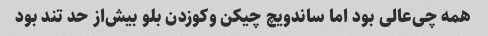
همه چی‌عالی بود اما ساندویچ چیکن و‌کوزدن بلو بیش‌از حد تند بود